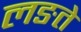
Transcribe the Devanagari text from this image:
लङते